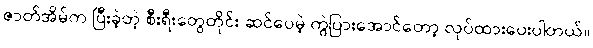
ဇာတ်အိမ်က ပြီးခဲ့တဲ့ စီးရီးတွေတိုင်း ဆင်ပေမဲ့ ကွဲပြားအောင်တော့ လုပ်ထားပေးပါတယ်။